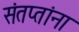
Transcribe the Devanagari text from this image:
संतप्तांना